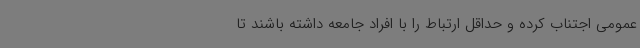
عمومی اجتناب کرده و حداقل ارتباط را با افراد جامعه داشته باشند تا